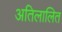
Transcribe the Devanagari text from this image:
अतिलालित